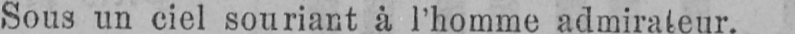
Sous un ciel souriant à l’homme admirateur.